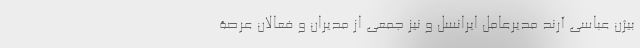
بیژن عباسی آرند مدیرعامل ایرانسل و نیز جمعی از مدیران و فعالان عرصۀ